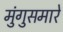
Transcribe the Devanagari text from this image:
मुंगुसमारे